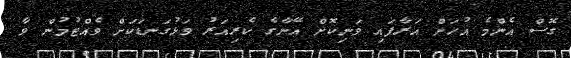
ގޮސް އެންމެ އުހަށް އަރާފައި ވަނިކޮށް އޭނާގެ ކެރިއަރު ވަޅުގަނޑަކަށް ވެއްޓުމުން ވާ